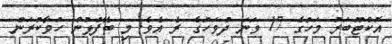
އޮކްޓޫބަރު މަހުގެ 17 ވަނަ ދުވަހުގެ ރެ އެވެ. މި ބޭފުޅުން ހުވާކުރަން